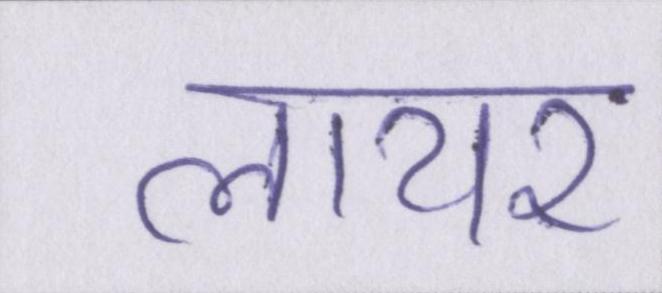
लायर